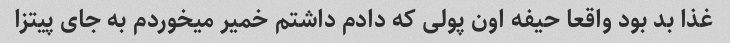
غذا بد بود واقعا حیفه اون پولی که دادم داشتم خمیر میخوردم به جای پیتزا